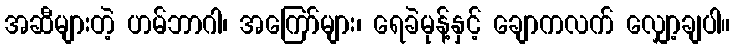
အဆီများတဲ့ ဟမ်ဘာဂါ၊ အကြော်များ၊ ရေခဲမုန့်နှင့် ချောကလက် လျှော့ချပါ။